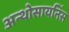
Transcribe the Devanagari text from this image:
अन्थोसायनिंस